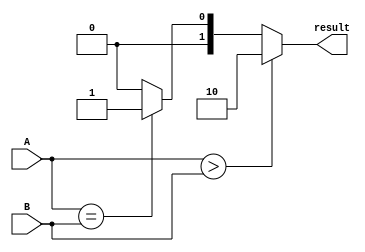
module comparator(
    input [3:0] A,
    input [3:0] B,
    output reg [1:0] result
);

always @(*)
begin
    if(A > B)
        result = 2'b10; // A is greater than B
    else if(A == B)
        result = 2'b01; // A is equal to B
    else
        result = 2'b00; // A is less than B
end

endmodule